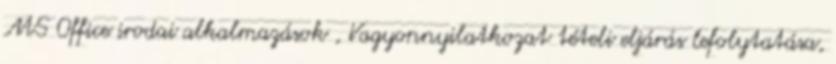
MS Office irodai alkalmazások , Vagyonnyilatkozat tételi eljárás lefolytatása,